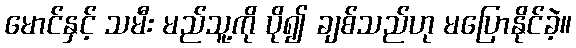
မောင်နှင့် သမီး မည်သူ့ကို ပို၍ ချစ်သည်ဟု မပြောနိုင်ခဲ့။